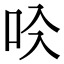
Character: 𠯱